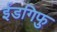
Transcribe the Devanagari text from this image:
ईडगिफु